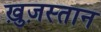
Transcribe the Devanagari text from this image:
ख़ुज़स्तान